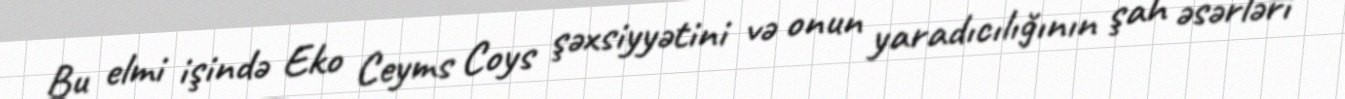
Bu elmi işində Eko Ceyms Coys şəxsiyyətini və onun yaradıcılığının şah əsərləri